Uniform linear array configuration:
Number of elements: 24
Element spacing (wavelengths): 1
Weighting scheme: binomial
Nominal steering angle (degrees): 45
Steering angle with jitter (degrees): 43.294
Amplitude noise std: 0.05
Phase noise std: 0.05

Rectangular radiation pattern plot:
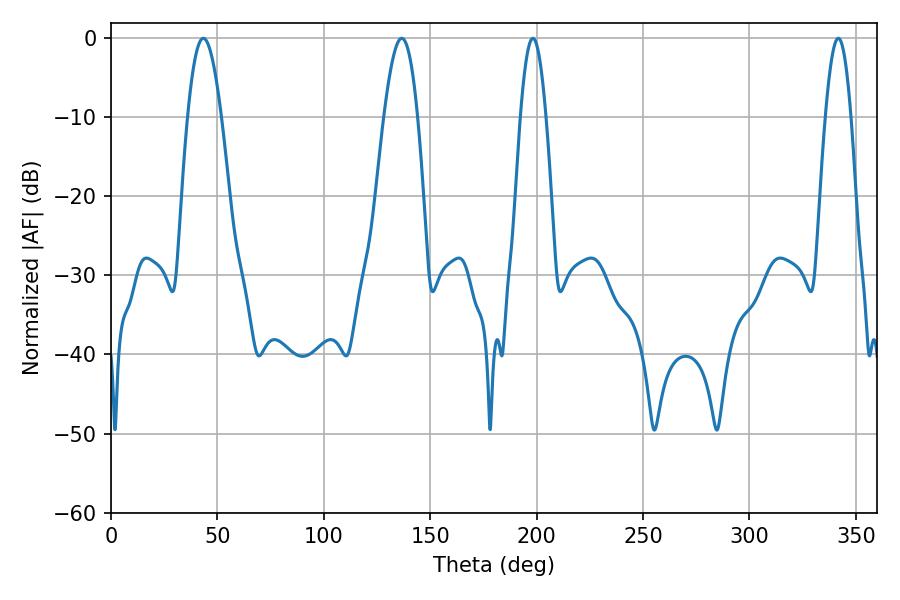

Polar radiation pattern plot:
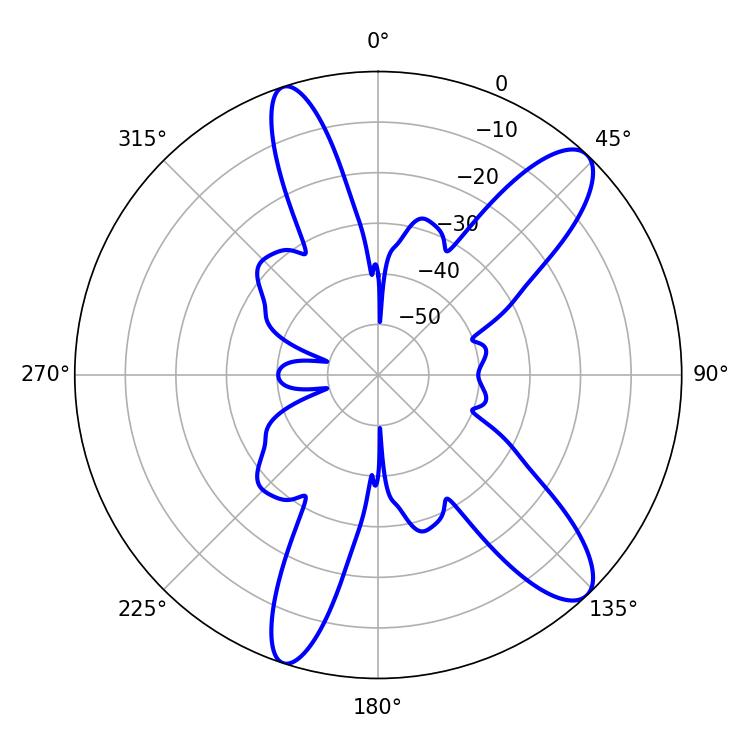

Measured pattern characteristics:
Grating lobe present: TRUE
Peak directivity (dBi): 11.348
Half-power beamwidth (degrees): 8.64
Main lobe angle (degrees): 43.38